Civil Veterinary Department. United Provinces 1912-22 - 1912-1922
Year: 1912
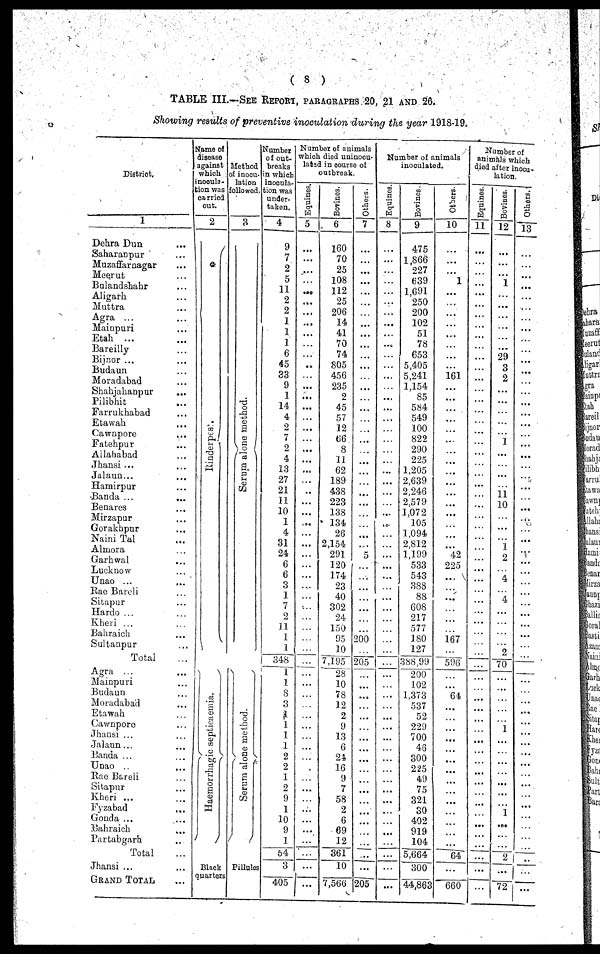
(8)
TABLE III.—See Report, paragraphs 20, 21 and 26.
Showing results of preventive inoculation during the year 1918-19.
District.
1
Dehra Dun ...
Saharanpur
...
Muzaffarnagar ...
Meerut ...
Bulandshahr ...
Aligarh ...
Muttra ...
Agra ...
Mainpuri ...
Etah
...
Bareilly ...
Bijnor ... ...
Budaun ...
Moradabad ...
Shahjahanpur ...
Pilibhit ...
Farrukhabad ...
Etawah ...
Cawnpore ...
Fatehpur ...
Ailahabad ...
Jhansi ... ...
Jalaun ... ...
Hamirpur ...
Banda ... ...
Benares ...
Mirzapur ...
Gorakhpur ...
Naini Tal ...
Almora ...
Garhwal ...
Lucknow ...
Unao ... ...
Rae Bareli ...
Sitapur ...
Hardo ... ...
Kheri ... ...
Banraich ...
Suitanpur ...
Total ...
Agra
...
...
Mainpuri
...
Budaun
...
Moradabad ...
Etawah
...
Cawnpore ...
Jhansi ... ...
Jalaun ... ...
Banda ... ...
Unao ... ...
Rae Bareli ...
Sitapur ...
Kheri ... ...
Fyzabad ...
Gonda ... ...
Bahraich ...
Partabgarh
...
Total ...
Jhansi ... ...
Grand Total ...
Name of
disease
against
which
nocula-
ion was
carried
out.
2
Ri nder pes .
Ha e mor r
ha gi c s ept i
caemi a.
Black
quarters
Method
of inocu-
lation
followed
3
Se r
um alone method.
J
Se r
um alone method.
Pillules
Number
of out
breaks
in which
inocula
tion was
under
taken.
4
9
7
2
5
11
2
2
1
1
1
6
45
33
9
1
14
4
9
7
2
4
13
27
21
11
10
1
4
31
24
6
6
3
1
7
2
11
1
1
345
1
1
8
3
1
1
1
1
2
2
1
2
9
1
10
9
I
54
3
405
Number of animals
which died uninocu-
labad in course of
outbreak.
Equines.
5
...
...
...
...
...
...
...
...
...
...
...
...
...
...
...
...
...
...
...
...
...
...
...
...
...
...
...
...
...
...
...
...
...
...
...
...
...
...
...
...
...
...
...
...
...
...
...
...
...
...
...
...
...
...
...
...
Bovines.
6
160
70
25
108
112
25
206
14
41
70
74
805
456
235
9
45
57
12
66
8
11
62
189
438
223
133
134
26
2,154
291
120
174
23
40
302
24
150
95
10
7,195
28
10
78
12
2
9
13
6
24
16
9
7
58
2
6
69
12
361
10
7,566
Others.
7
...
...
...
...
...
...
...
...
...
...
...
...
...
...
...
...
...
...
...
...
...
...
...
...
...
...
...
...
...
5
...
...
...
...
...
200
...
205
...
...
...
...
...
...
...
...
...
...
...
...
...
...
...
...
...
...
...
205
Number of animals
inoculated.
Equines.
8
...
...
...
...
...
...
...
...
...
...
...
...
...
...
...
...
...
...
...
...
...
...
...
...
...
...
...
...
...
...
...
...
...
...
...
...
...
...
...
...
...
...
...
...
...
...
...
...
...
...
...
...
...
...
...
...
...
Bovines.
9
475
1,866
227
639
1,691
250
200
102
51
78
653
5,405
5,241
1,154
85
584
549
100
822
290
225
1,205
2,639
2,246
2,579
1,072
105
1.094
2,812
1,199
533
543
383
88
608
217
577
180
127
388,99
200
102
1,373
537
52
229
700
43
300
225
49
75
321
30
402
919
104
5,664
300
44,863
Others.
10
...
... 1
...
...
...
...
...
...
...
...
161
...
...
...
...
...
...
...
...
...
...
...
...
...
...
...
...
42
225
...
...
...
167
...
596
...
...
64
...
...
...
...
...
...
...
...
...
...
...
...
...
...
64
...■
660
Number of
animals which
died after inocu
lation.
Equines.
11
...
...
...
...
...
...
...
...
...
...
...
...
...
...
...
...
...
...
...
...
...
...
...
...
...
...
...
...
...
...
...
...
...
...
...
...
...
...
...
...
...
...
...
...
...
...
...
...
...
...
...
...
...
...
...
...
Bovines.
12
...
...
1
...
...
...
...
29
3
2
...
...
...
...
...
...
...
...
J
...
11
10
...
...
...1
2
...
4
4
...
...
...
...9
70
...
...
...
...
...
1
...
...
...
...
...
...
...
1
...
...
...
2
...
...
72
Others.
13
...
...
...
...
...
...
...
...
...
...
...
...
...
...
...
...
...
...
...
...
...
...
...
...
...
...
...
...
...
...
...
...
...
...
...
...
...
...
...
...
...
...
...
...
...
...
...
...
...
...
...
...
...
...